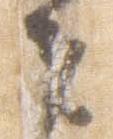
夫